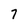
Character: 7